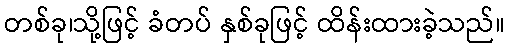
တစ်ခု၊သို့ဖြင့် ခံတပ် နှစ်ခုဖြင့် ထိန်းထားခဲ့သည်။